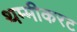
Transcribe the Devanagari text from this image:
थम्मीकरट